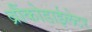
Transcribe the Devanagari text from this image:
ब्रौंकोडाईलेटर